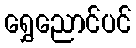
ရွှေညောင်ပင်